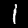
Digit: 1